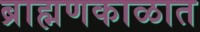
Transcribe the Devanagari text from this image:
ब्राह्मणकाळात